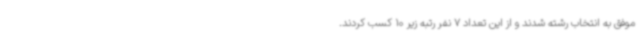
موفق به انتخاب رشته شدند و از این تعداد 7 نفر رتبه زیر 10 کسب کردند.